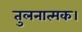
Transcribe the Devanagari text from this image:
तुलनात्मक।